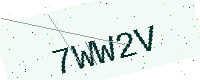
Text: 7WW2V